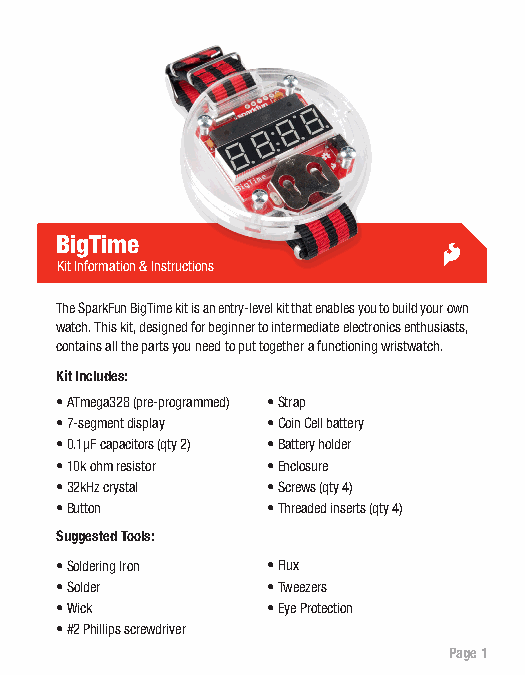
BigTime
 Kit Information & Instructions
 The SparkFun BigTime kit is an entry-level kit that enables you to build your own
 watch. This kit, designed for beginner to intermediate electronics enthusiasts,
 contains all the parts you need to put together a functioning wristwatch.
 Kit Includes:
 • ATmega328 (pre-programmed) • Strap
 • 7-segment display • Coin Cell battery
 • 0.1μF capacitors (qty 2) • Battery holder
 • 10k ohm resistor • Enclosure
 • 32kHz crystal • Screws (qty 4)
 • Button      • Threaded inserts (qty 4)
 Suggested Tools:
 • Soldering Iron • Flux
 • Solder      • Tweezers
 • Wick        • Eye Protection
 • #2 Phillips screwdriver
 Page 1